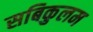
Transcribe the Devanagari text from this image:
सबिकुलम